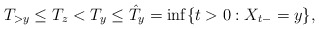
\begin{align*}T_{>y}\leq T_z<T_y\leq \hat{T}_y=\inf\{t>0:X_{t-}=y\},\end{align*}